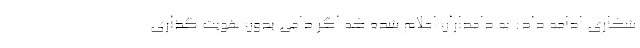
شکاری ادامه داد: به دامداران اعلام شده که اگر دامی بدون هویت گذاری